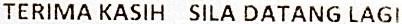
TERIMA KASIH SILA DATANG LAGI